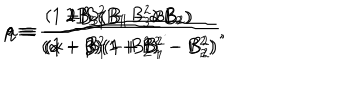
LaTeX: p \equiv \frac { 2 B _ { 3 } ( B _ { 1 } - \alpha B _ { 2 } ) } { ( \alpha - \beta ) ( 1 + B _ { 1 } ^ { 2 } - B _ { 2 } ^ { 2 } ) } , \hspace { 0 . 3 c m } q \equiv \frac { 2 B _ { 3 } ( B _ { 1 } - \beta B _ { 2 } ) } { ( \alpha - \beta ) ( 1 + B _ { 1 } ^ { 2 } - B _ { 2 } ^ { 2 } ) } , \hspace { 0 . 3 c m } a \equiv \frac { ( 1 + B _ { 1 } ^ { 2 } - B _ { 3 } ^ { 2 } ) } { ( 1 + B _ { 1 } ^ { 2 } - B _ { 2 } ^ { 2 } ) } .